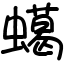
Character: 䗶